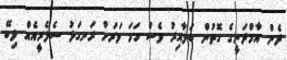
ދެން އާމްދަނީގެ ގޮތުން ބަލާއިރު ވެސް ހަމަ ވަރަށް ރަނގަޅު ސެލެރީއެއް ލިބޭ